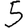
Digit: 5